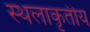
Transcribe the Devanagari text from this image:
स्थलाकृतीय